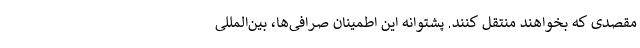
مقصدی که بخواهند منتقل کنند. پشتوانه این اطمینان صرافی‌ها، بین‌المللی